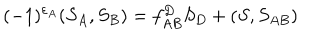
( - 1 ) ^ { \varepsilon _ { A } } ( S _ { A } , S _ { B } ) = f _ { A B } ^ { D } S _ { D } + ( S , S _ { A B } )